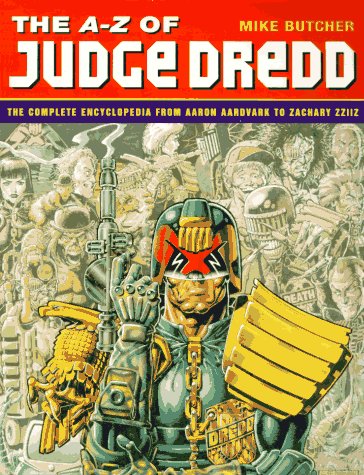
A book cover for The A-Z of Judge Dredd: The Complete Encyclopedia from Aaron Aardvark to Zachary Zziiz; Mike Butcher; Humor & Entertainment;